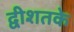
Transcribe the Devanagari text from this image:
द्वीशतके